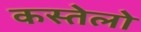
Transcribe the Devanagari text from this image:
कस्तेलो